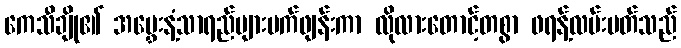
ကေသီချို၏ အမွှေးနံ့သာရည်များပက်ဖျန်းကာ လိုလားတောင့်တစွာ ဖရန့်လမ်းပတ်သည်